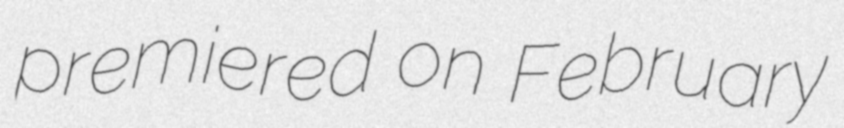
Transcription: premiered on February